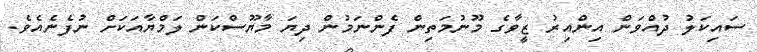
ސައިކަލު ދުއްވަން އިންއިރު ޒީވާގެ މޫނުމަތިން ފެންނަމުން ދިޔަ މާޔޫސްކަން ލަމްޔާއަކަށް ނުފެނެއެވެ.